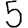
Digit: 5